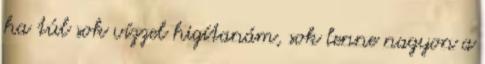
ha túl sok vízzel higítanám, sok lenne nagyon a